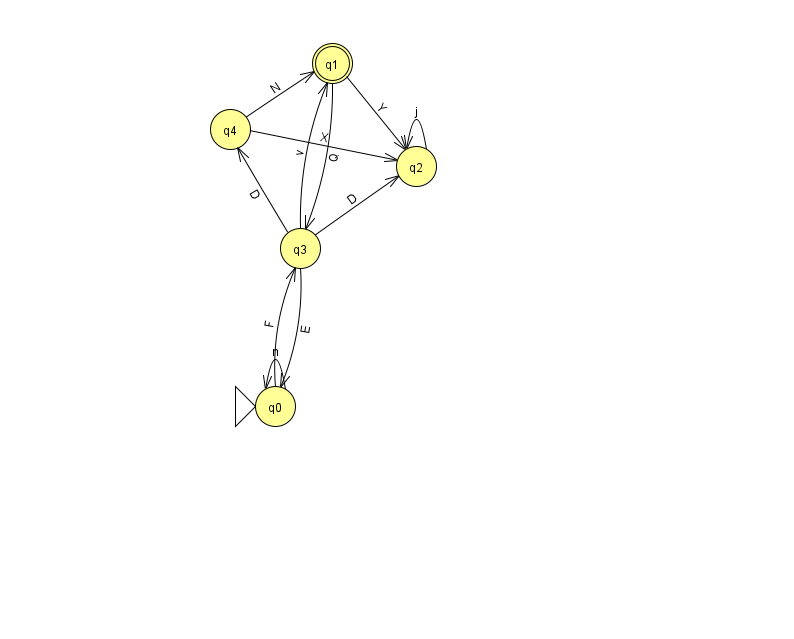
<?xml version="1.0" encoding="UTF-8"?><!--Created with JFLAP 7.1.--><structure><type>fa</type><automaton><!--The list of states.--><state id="0" name="q0"><x>275.0</x><y>393.0</y><initial/></state><state id="1" name="q1"><x>332.0</x><y>50.0</y><final/></state><state id="2" name="q2"><x>416.0</x><y>153.0</y></state><state id="3" name="q3"><x>300.0</x><y>235.0</y></state><state id="4" name="q4"><x>230.0</x><y>116.0</y></state><!--The list of transitions.--><transition><from>3</from><to>4</to><read>D</read></transition><transition><from>4</from><to>2</to><read>X</read></transition><transition><from>4</from><to>1</to><read>N</read></transition><transition><from>0</from><to>3</to><read>F</read></transition><transition><from>3</from><to>0</to><read>E</read></transition><transition><from>3</from><to>2</to><read>D</read></transition><transition><from>3</from><to>1</to><read>v</read></transition><transition><from>1</from><to>2</to><read>Y</read></transition><transition><from>2</from><to>2</to><read>j</read></transition><transition><from>0</from><to>0</to><read>n</read></transition><transition><from>1</from><to>3</to><read>Q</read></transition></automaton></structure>